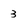
Character: 3